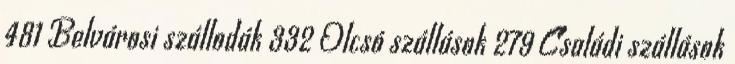
481 Belvárosi szállodák 332 Olcsó szállások 279 Családi szállások